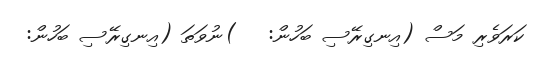
ކަރަވެރި މަސް (އިނގިރޭސި ބަހުން:   )ނުވަތަ (އިނގިރޭސި ބަހުން: